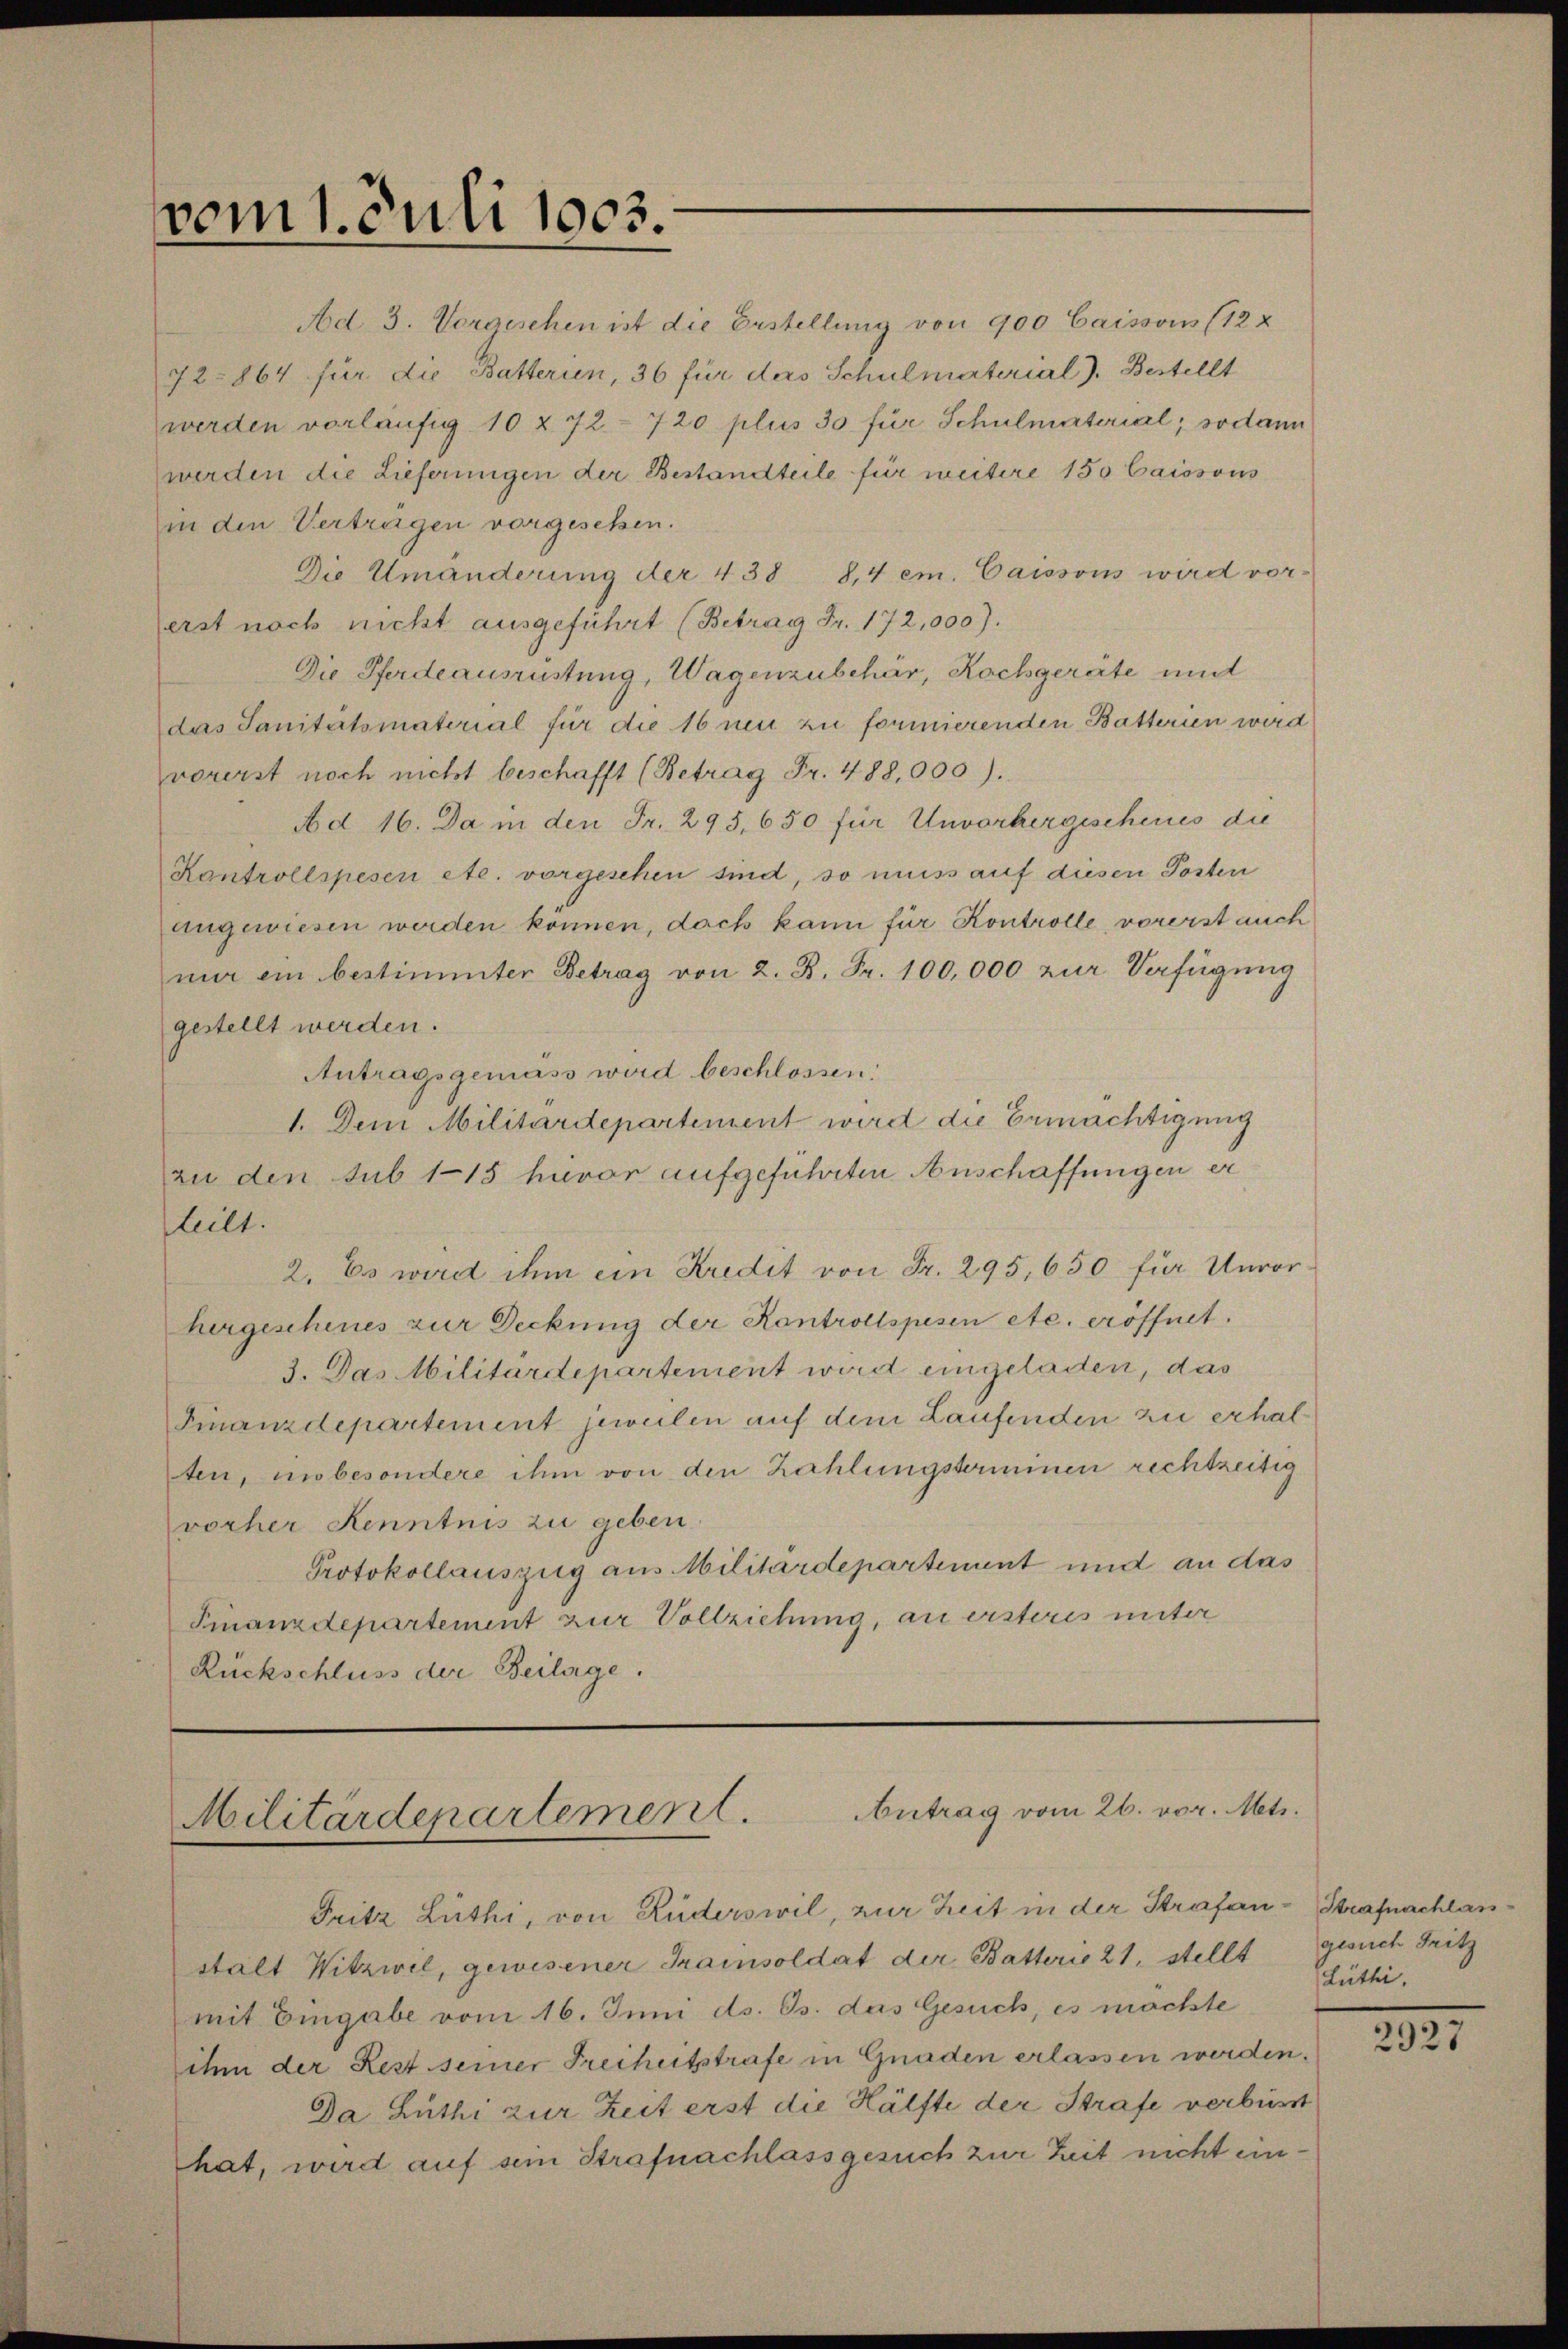
vom 1. Juli 1903.

Ad 3. Vorgeschen ist die Erstellung von 900 Caissous (122
72- 864 für die Batterien, 36 für ders Schulmaterial). Bestellt
werden vorläufig 10 x 72 - 720 plus 30 für Schulmaterial; sodann
werden die Lieferungen der Bestandteile für weitere 150 Caissous
in den Vertrügen vorgesetzen.
Die Umänderung der 438 8,4 em. Caisson wird vor-
erst noch nicht ausgeführt (Betrag Fr. 172,000).
Die Pferdeausrüstung, Wagenzubehör, Rochgeräte und
das Sanitätsmatorial für die 16 neu zu formierenden Batterien wird
vorerst noch nicht beschafft (Betrag Fr. 488,000).
Ad 16. Da in den Fr. 295, 650 für Unvorhergeschenes die
Kontrollspesen etc. vorgeschen sind, so muss auf diesen Posten
angewiesen werden können, dach kann für Kontrolle, vorerst auch
mir ein bestimmter Betrag von 2. B. Fr. 100,000 zur Verfügung
gestellt werden.
Antragsgemäss wird beschlossen:
1. Dem Militärdepartement wird die Ermächtigung
zu den sub 115 hievor aufgeführten Anschaffungen er
teilt.
2. Es wird ihm ein Kredit von Fr. 295, 650 für Unvor
hergeschines zur Deckung der Kontrollspesen etc. eröffnet.
3. Das Militärdepartement wird eingeladen, das
Finanzdepartement jeweilen auf dem Laufenden zu erhal
ten, unbesondere ihm von den Zahlungsterminen rechtzeitig
vorher Kenntnis zu geben.
Protokollauszug aus Militärdepartement und an das
Finanzdepartement zur Vollziehung, an ersteres unter
Rückschluss der Beilage.

Militärdepartement. Antrag vom 26. vor. Mts.

Fritz Lüthi, von Ruderswil, zur Zeit in der Strafan-Strafnachlanstalt Witzwil, gewesener Trainsoldat der Battoris 21, stellt
mit Eingabe vom 16. Juni ds. Os. das Gesuch, es möchte
ihm der Rest seiner Freiheitsstrafe in Gnaden erlassen werden.
Da Luthi zur Zeit erst die Hälfte der Strafe verbüsst
hat, wird auf sein Strafnachlassgesuch zur Zeit nicht ein¬

gesuch Fritz
Lüthi
2335